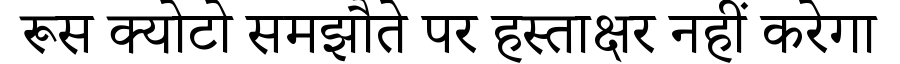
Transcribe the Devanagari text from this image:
रूस क्योटो समझौते पर हस्ताक्षर नहीं करेगा